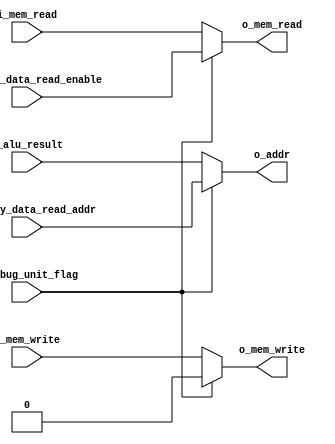
module select_mode#(
        parameter NB_MEM_ADDR   = 5,
        parameter NB_DATA       = 32
    )(
        input wire i_debug_unit_flag,
        input wire i_memory_data_read_enable,
        input wire [NB_MEM_ADDR-1:0] i_memory_data_read_addr,
        input wire i_mem_read,
        input wire i_mem_write,
        input wire [NB_MEM_ADDR-1:0] i_alu_result,
        output reg [NB_MEM_ADDR-1:0] o_addr,
        output reg o_mem_read,
        output reg o_mem_write
    );

//  Este modulo sirve para elegir entre la debug unit para leer o el funcionamiento normal de la pipeline

    always @(*) begin
        if (i_debug_unit_flag) begin
            o_mem_read    = i_memory_data_read_enable;
            o_mem_write   = 1'b0;
            o_addr        = i_memory_data_read_addr;
        end else begin
            o_mem_read    = i_mem_read;
            o_mem_write   = i_mem_write;
            o_addr        = i_alu_result;
        end
    end
endmodule